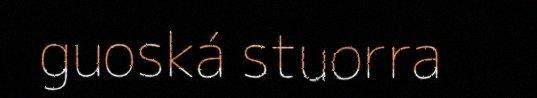
guoská stuorra